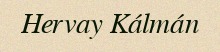
Hervay Kálmán